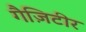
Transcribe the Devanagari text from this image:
गैज़िटीर